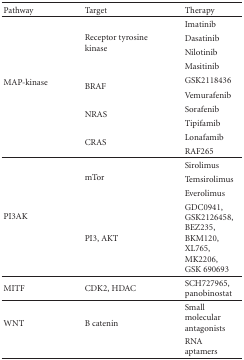
<table><thead><tr><td><b>Pathway</b></td><td><b>Target</b></td><td><b>Therapy</b></td></tr></thead><tbody><tr><td rowspan="10">MAP-kinase</td><td rowspan="4">Receptor tyrosine kinase</td><td>Imatinib</td></tr><tr><td>Dasatinib</td></tr><tr><td>Nilotinib</td></tr><tr><td>Masitinib</td></tr><tr><td rowspan="2">BRAF</td><td>GSK2118436</td></tr><tr><td>Vemurafenib</td></tr><tr><td rowspan="2">NRAS</td><td>Sorafenib</td></tr><tr><td>Tipifamib</td></tr><tr><td rowspan="2">CRAS</td><td>Lonafamib</td></tr><tr><td>RAF265 </td></tr><tr><td rowspan="4">PI3AK</td><td rowspan="3">mTor</td><td>Sirolimus</td></tr><tr><td>Temsirolimus</td></tr><tr><td>Everolimus</td></tr><tr><td>PI3, AKT</td><td>GDC0941, GSK2126458, BEZ235, BKM120, XL765, MK2206, GSK 690693</td></tr><tr><td>MITF</td><td>CDK2, HDAC</td><td>SCH727965, panobinostat</td></tr><tr><td rowspan="2">WNT</td><td rowspan="2">B catenin</td><td>Small molecular antagonists</td></tr><tr><td>RNA aptamers</td></tr></tbody></table>